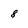
Character: 8